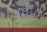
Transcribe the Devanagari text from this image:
१२६९१३